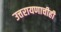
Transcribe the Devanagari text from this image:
उत्तरायणाचीही